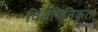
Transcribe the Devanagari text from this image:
विअमिनिकृत